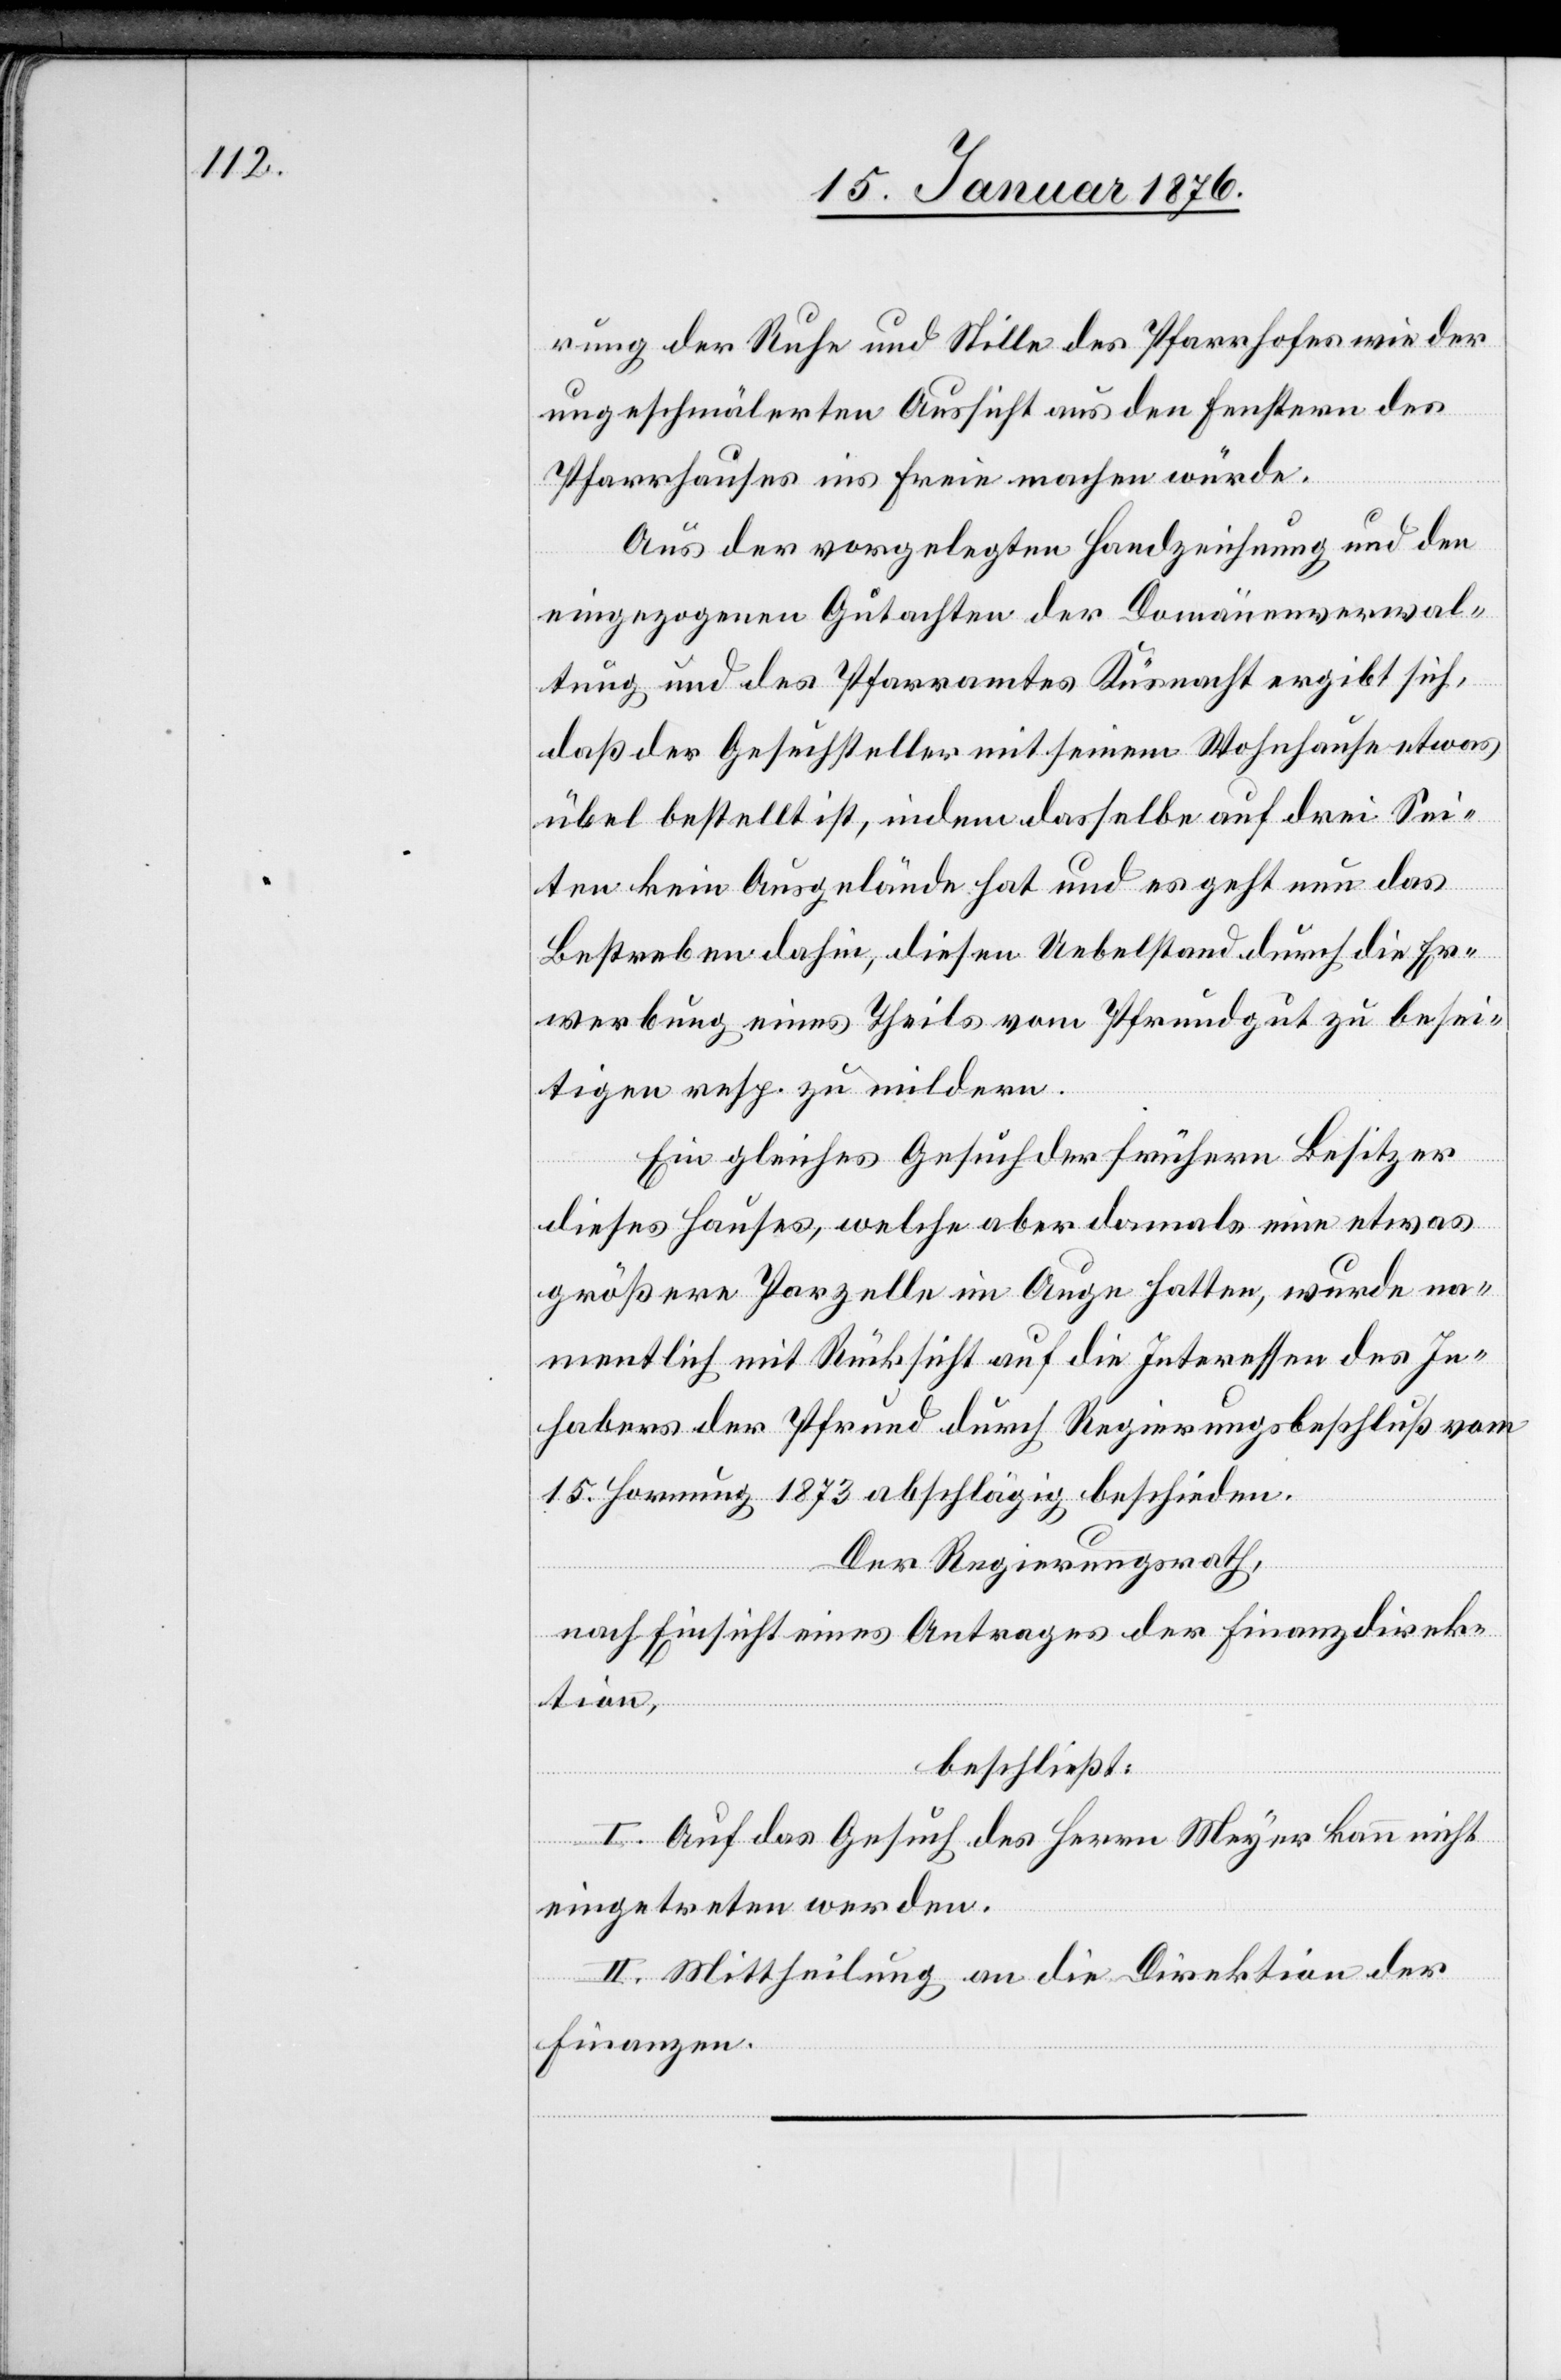
rung der Ruhe und Stille des Pfarrhofes wie der
ungeschmälerten Aussicht aus den Fenstern des
Pfarrhauses ins freie Freies machen würde.
Aus der vorgelegten Handzeichnung und den
eingezogenen Gutachten der Domänenverwal¬
tung und des Pfarramtes Küsnacht ergibt sich,
daß der Gesuchsteller mit seinem Wohnhause etwas
übel bestellt ist, indem dasselbe auf drei Sei¬
ten kein Ausgelände hat und es geht nun das
Bestreben dahin, diesen Uebelstand durch die Er¬
werbung eines Theils vom Pfrundgut zu besei¬
tigen resp. zu mildern.
Ein gleiches Gesuch der frühern Besitzer
dieses Hauses, welche aber damals eine etwas
größere Parzelle im Auge hatten, wurde na¬
mentlich mit Rücksicht auf die Interessen des In¬
habers der Pfrund durch Regierungsbeschluß vom
15. Hornung 1873 abschlägig beschieden.
Der Regierungsrath,
nach Einsicht eines Antrages der Finanzdirek¬
tion,
beschließt:
I. Auf das Gesuch des Herrn Meyer kann nicht
eingetreten werden.
II. Mittheilung an die Direktion der
Finanzen.